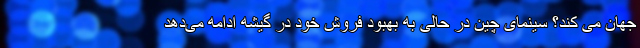
جهان می کند؟ سینمای چین در حالی به بهبود فروش خود در گیشه ادامه می‌دهد